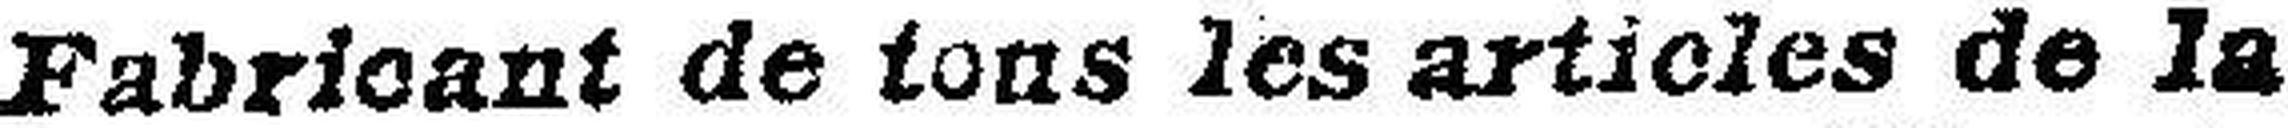
Fabricant de tons les articles de la